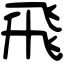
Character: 飛